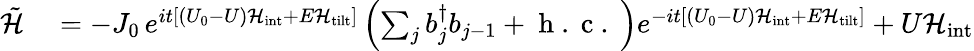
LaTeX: \begin{array}{rl}{\tilde{\mathcal{H}}}&{{}=-J_{0}\, e^{it\left[(U_{0}-U){\mathcal{H}}_{\textrm{int}}+E{\mathcal{H}}_{\textrm{tilt}}\right]}\left(\sum_{j}{b}_{j}^{\dagger}{b}_{j-1}+\mathrm{~h~.~c~.~}\right)e^{-it\left[(U_{0}-U){\mathcal{H}}_{\textrm{int}}+E{\mathcal{H}}_{\textrm{tilt}}\right]}+U{\mathcal{H}}_{\textrm{int}}}\end{array}